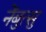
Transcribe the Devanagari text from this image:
नेंबुत्सु